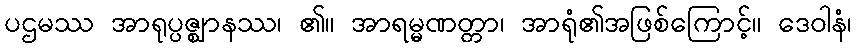
ပဌမဿ အာရုပ္ပဇ္ဈာနဿ၊ ၏။ အာရမ္မဏတ္တာ၊ အာရုံ၏အဖြစ်ကြောင့်။ ဒေဝါနံ၊